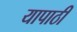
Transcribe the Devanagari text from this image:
यापाठी